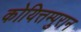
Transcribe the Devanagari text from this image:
कोयित्तम्पुरान